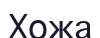
Хожа